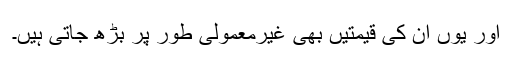
اور یوں ان کی قیمتیں بھی غیرمعمولی طور پر بڑھ جاتی ہیں۔